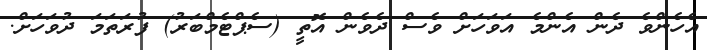
އެހެންވެ ދެން އެންމެ އަވަހަށް ވެސް ދެވެން އޮތީ (ސެޕްޓެމްބަރު) ފުރަތަމަ ދުވަހަށް.